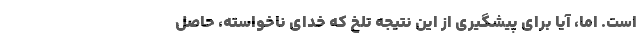
است. اما، آیا برای پیشگیری از این نتیجه تلخ که خدای نا‌خواسته، حاصل